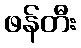
ဖန်တီး